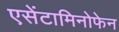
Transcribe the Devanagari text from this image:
एसेंटामिनोफेन